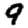
Digit: 9